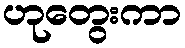
ဟုတွေးကာ